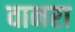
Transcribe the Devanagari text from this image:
वानरा